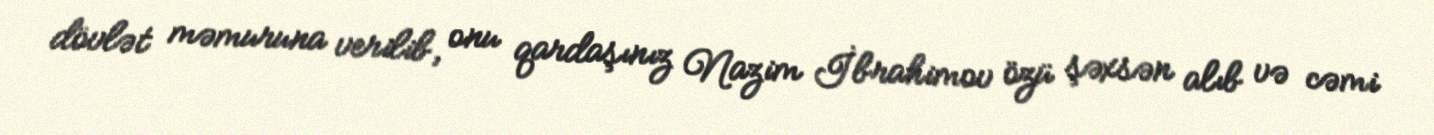
dövlət məmuruna verilib, onu qardaşınız Nazim İbrahimov özü şəxsən alıb və cəmi